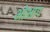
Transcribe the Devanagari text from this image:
भोभाग